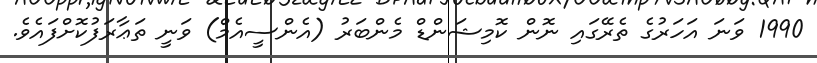
1990 ވަނަ އަހަރުގެ ތެރޭގައި ނޮން ކޮމިޝަންޑް މެންބަރު (އެންސީއެމް) ވަނީ ތަޢާރަފުކޮށްފައެވެ.